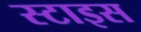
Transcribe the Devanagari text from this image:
स्टाइस